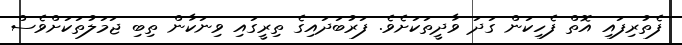
ފެތުރިފައި އޮތް ފެހިކަން ގަދަ ވާދީތަކަށެވެ. ފަރުބަދައިގެ ތިރީގައި ވިނަކާން ތިބި ޖަމަލުތަކަށްވެސް